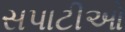
સપાટીઓ